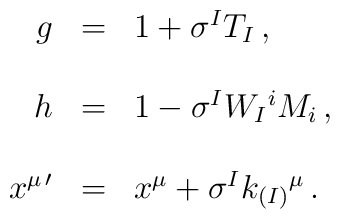
\begin{array}{rcl}g & = & 1 + \sigma^{I}T_{I}\, ,\\& & \\h & = & 1 -\sigma^{I}W_{I}{}^{i}M_{i}\, ,\\& & \\x^{\mu\, \prime} & = & x^{\mu} +\sigma^{I}k_{(I)}{}^{\mu}\, .\\  \end{array}